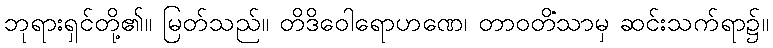
ဘုရားရှင်တို့၏။ မြတ်သည်။ တိဒိဝေါရောဟဏေ၊ တာဝတိံသာမှ ဆင်းသက်ရာ၌။